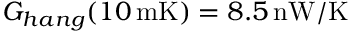
G _ { h a n g } ( 1 0 \, \mathrm { m K } ) = 8 . 5 \, \mathrm { n W } / \mathrm { K }